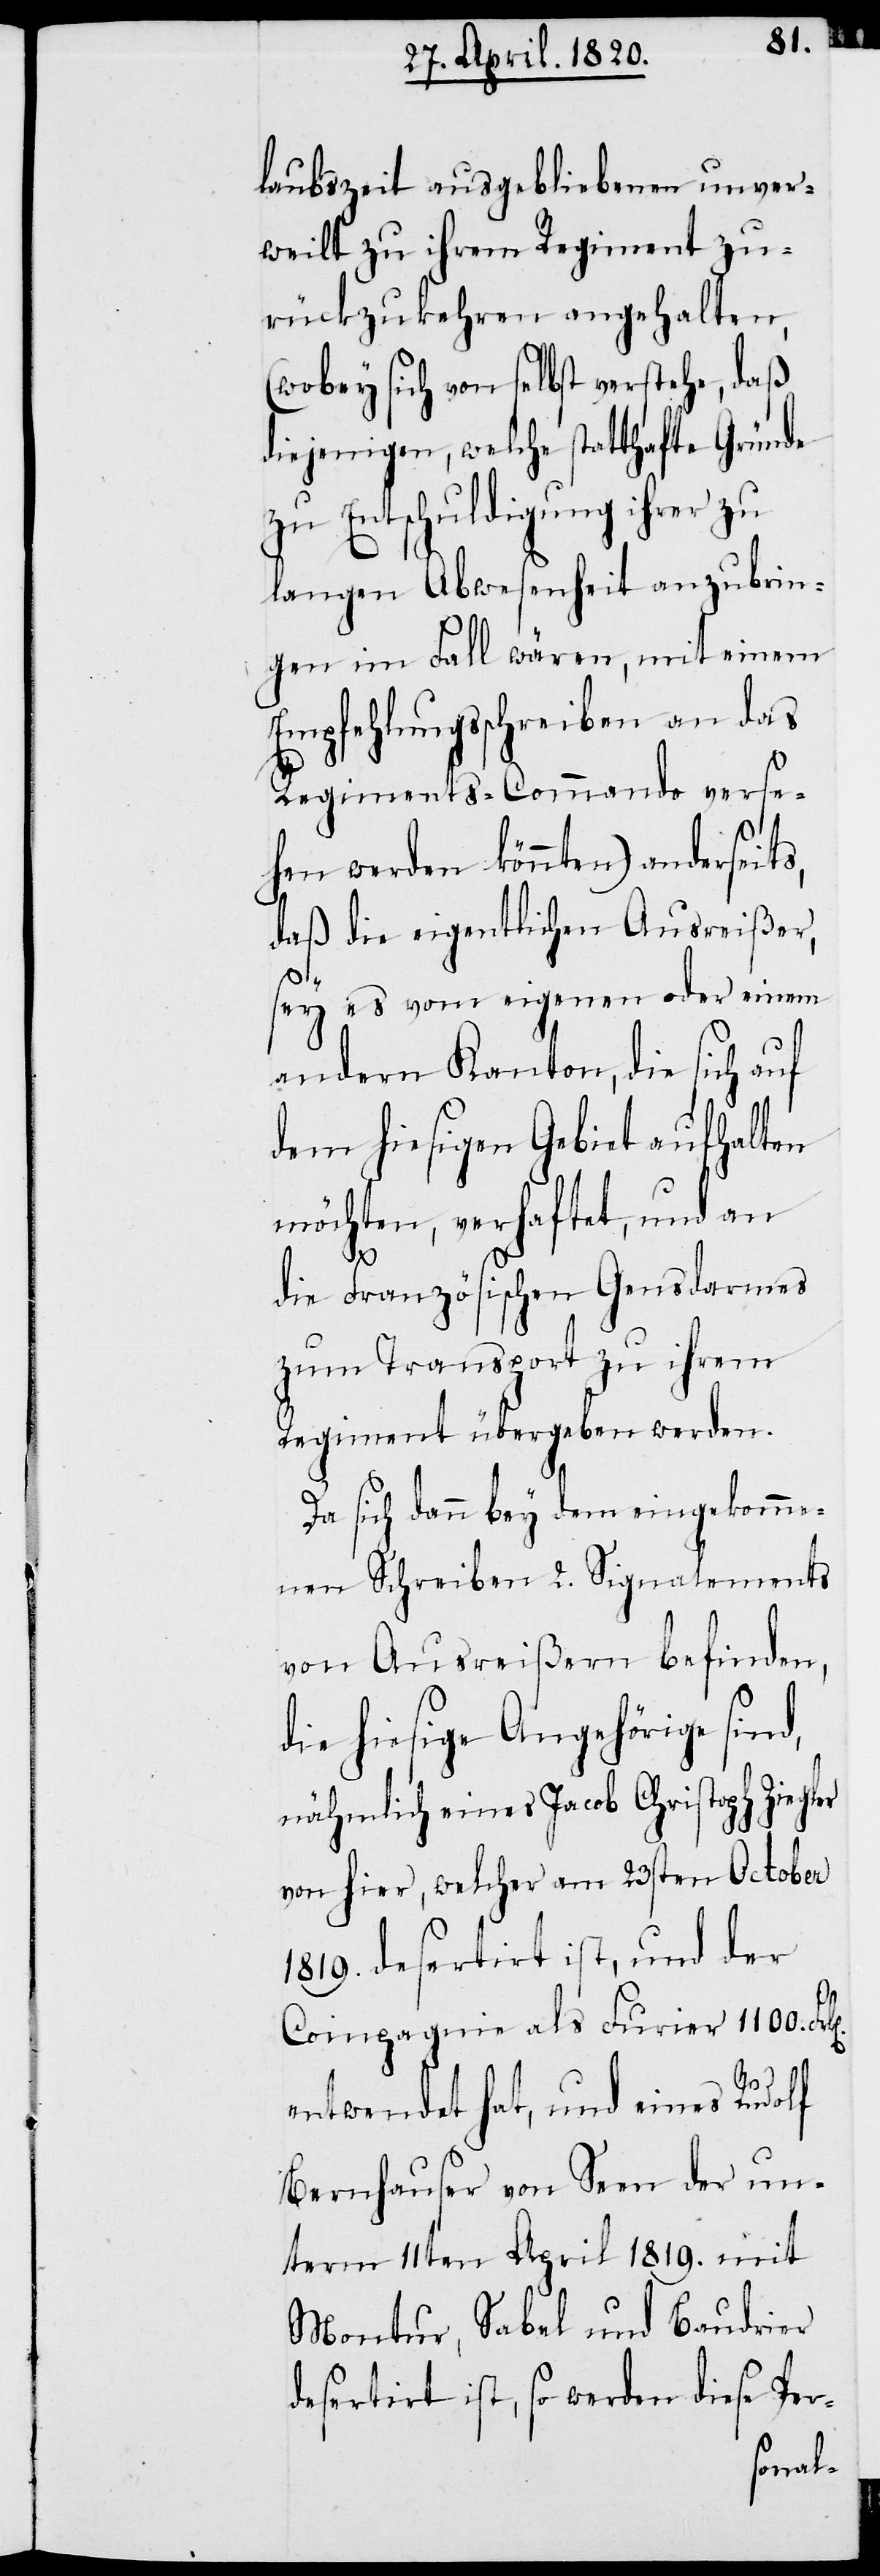
laubszeit ausgebliebenen unver¬
weilt zu ihrem Regiment zu¬
rückzukehren anzuhalten,
(wobey sich von selbst verstehe, daß
diejenigen, welche statthafte Gründe
zu Entschuldigung ihrer zu
langen Abwesenheit anzubrin¬
gen im Fall wären, mit einem
Empfehlungsschreiben an das
Regiments-Commando verse¬
hen werden könnten) anderseits,
daß die eigentlichen Ausreißer,
sey es vom eigenen oder einem
andern Kanton, die sich auf
dem hiesigen Gebiet aufhalten
möchten, verhaftet, und an
die französischen Gensdarmes
zum Transport zu ihrem
Regiment übergeben werden.
Da sich dann bey dem eingekomme¬
nen Schreiben 2. Signalements
von Ausreißern befinden,
die hiesige Angehörige sind,
nämlich eines Jacob Christoph Ziegler
von hier, welcher am 23sten October
1819. desertirt ist, und der
Compagnie als Furier 1100.
entwendet hat, und eines Rudolf
Bernhauser von Seen der un¬
term 11ten April 1819. mit
Montur, Sabel und Baudrier
desertirt ist, so werden diese Per-